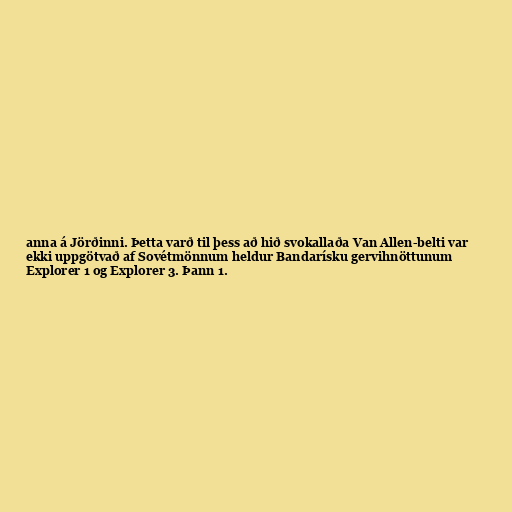
anna á Jörðinni. Þetta varð til þess að hið svokallaða Van Allen-belti var
ekki uppgötvað af Sovétmönnum heldur Bandarísku gervihnöttunum
Explorer 1 og Explorer 3. Þann 1.